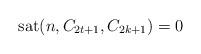
LaTeX: \begin{align*}\textup{sat}(n , C_{2t +1} , C_{2k+1} ) = 0\end{align*}